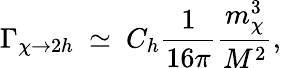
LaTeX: \Gamma_{\chi\rightarrow 2h}~\simeq~C_{h}\frac{1}{16\pi}\frac{m_{\chi}^{3}}{M^{2}},